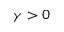
\gamma > 0